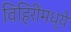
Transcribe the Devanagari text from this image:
विहिरींमध्ये